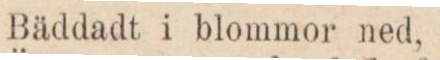
Bäddadt i blommor ned,